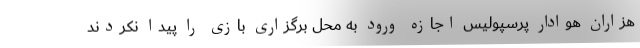
هزاران هوادار پرسپولیس اجازه ورود به محل برگزاری بازی را پیدا نکردند